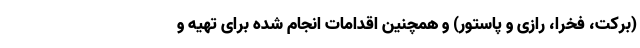
(برکت، فخرا، رازی و پاستور) و همچنین اقدامات انجام شده برای تهیه و